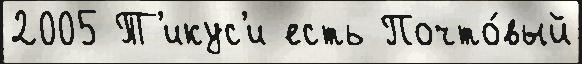
2005 Т'икус'и есть Почто́вый